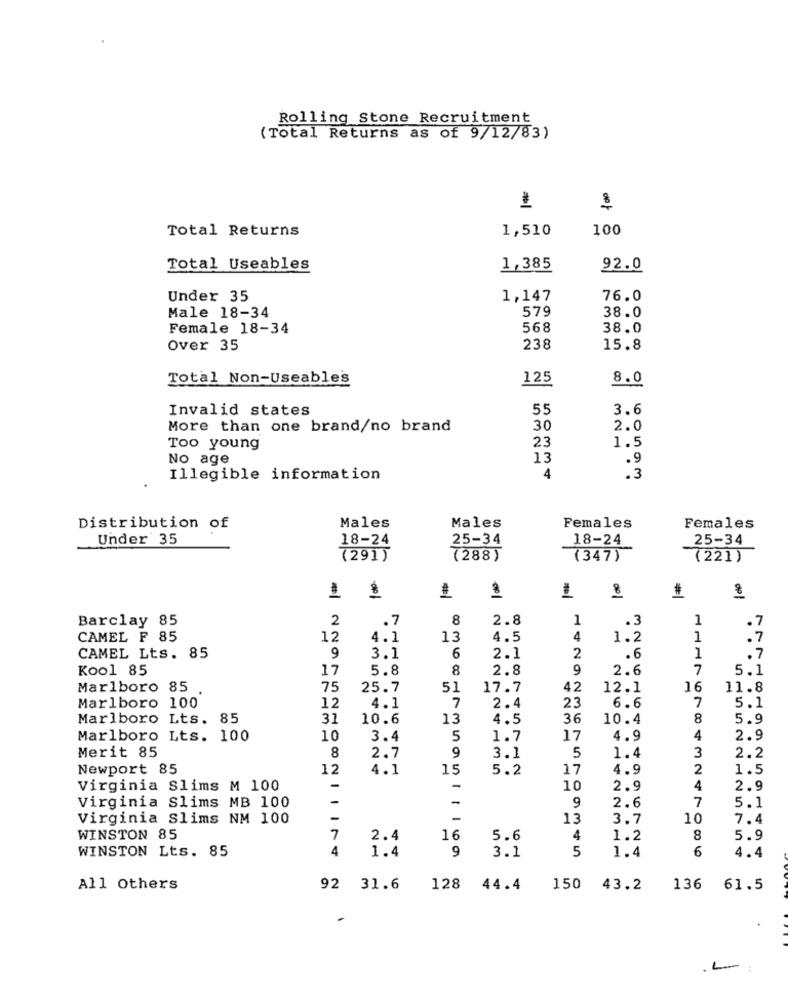
Rolling Stone Recruitment
(Total Returns as of 9/12/83)
1
Total Returns
1,510
100
Total Useables
1,385
92.0
Under 35
1,147
76.0
579
Male 18-34
38.0
Female 18-34
568
38.0
Over 35
238
15.8
Total Non-Useable's
125
8.0
Invalid states
55
3.6
More than one brand/no brand
30
2.0
23
Too young
1.5
No age
13
.9
Illegible information
4
.3
Males
Females
Distribution of
Males
Females
Under 35
18-24
25-34
18-24
25-34
(291)
(288)
(347)
(221)
-OP
8
1
1
$
Barclay 85
2
.7
8
2.8
1
.3
1
.7
CAMEL F 85
12
4.1
13
4.5
4
1.2
1
.7
.7
CAMEL Lts. 85
9
3.1
6
2.1
2
.6
1
Kool 85
17
5.8
8
2.8
9
2.6
7
5.1
Marlboro 85
75
25.7
51
17.7
42
12.1
16
11.8
Marlboro 100
12
23
6.6
7
5.1
4.1
7
2.4
Marlboro Lts. 85
31
10.6
13
4.5
36
10.4
8
5.9
Marlboro Lts. 100
10
3.4
5
1.7
17
4.9
4
2.9
Merit 85
9
8
2.7
3.1
5
1.4
3
2.2
Newport 85
12
4.1
OMNE
15
5.2
17
4.9
2
1.5
Virginia Slims M 100
-
-
10
2.9
4
2.9
-
-
7
Virginia Slims MB 100
9
2.6
5.1
Virginia Slims NM 100
-
-
13
3.7
10
7.4
WINSTON 85
7
2.4
16
5.6
4
1.2
8
5.9
WINSTON Lts. 85
4
1.4
9
3.1
5
6
1.4
4.4
All Others
92 31.6
128
44.4
150
43.2
136
61.5
L